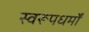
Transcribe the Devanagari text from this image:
स्वरूपधर्मों